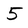
Character: 5